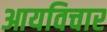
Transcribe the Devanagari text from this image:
आयविचार